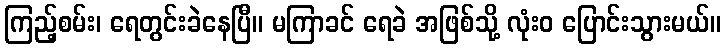
ကြည့်စမ်း၊ ရေတွင်းခဲနေပြီ။ မကြာခင် ရေခဲ အဖြစ်သို့ လုံးဝ ပြောင်းသွားမယ်။